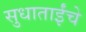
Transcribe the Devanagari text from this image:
सुधाताईंचे